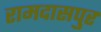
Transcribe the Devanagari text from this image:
रामदासपुर